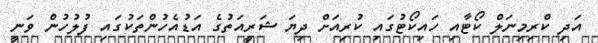
އަދި ކްރިމިނަލް ކޯޓާއި ހައިކޯޓުގައި ކުރިއަށް ދިޔަ ޝަރީއަތުގެ އަޑުއެހުންތަކުގައި ފުލުހުން ވަނީ